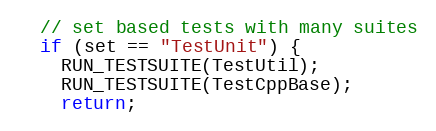
Language: C++
  // set based tests with many suites
  if (set == "TestUnit") {
    RUN_TESTSUITE(TestUtil);
    RUN_TESTSUITE(TestCppBase);
    return;